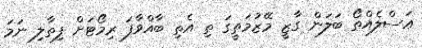
ޢަސްލެއްތޯ ބަލަން ގާޒީ މޭޒުމަތީގަ ތި އެތި ބާއްވާފަ ރިމޯޓަށް ފިތާލި ނަމަ